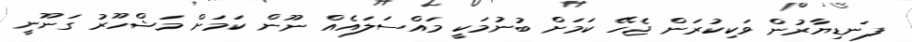
ފަނޑިޔާރުން ވަކިކުރަން ޖެހޭ ކަމަށް ބުނުމަކީ މައްސަލައެއް ނޫން ކަމަށް މަޝްހޫރު ގަނޫނީ